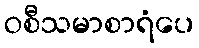
ဝစီသမာစာရံပေ